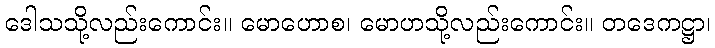
ဒေါသသို့လည်းကောင်း။ မောဟောစ၊ မောဟသို့လည်းကောင်း။ တဒေကဋ္ဌာ၊